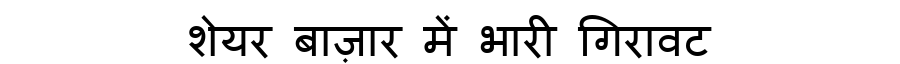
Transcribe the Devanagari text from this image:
शेयर बाज़ार में भारी गिरावट